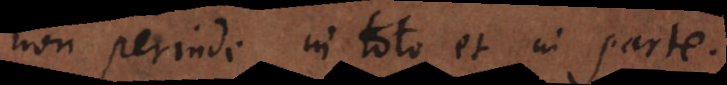
non perinde in toto et in parte.